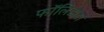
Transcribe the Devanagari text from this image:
फॉलिडोटा